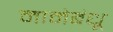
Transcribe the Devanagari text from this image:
मामेबंधू